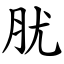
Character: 肬